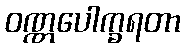
ဝဏ္ဏပေါက္ခရတာ